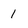
Character: 1